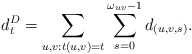
\begin{align*}d^D_t = \sum_{u,v : t(u,v) = t} \sum_{s = 0}^{\omega_{uv}-1} d_{(u,v,s)}.\end{align*}